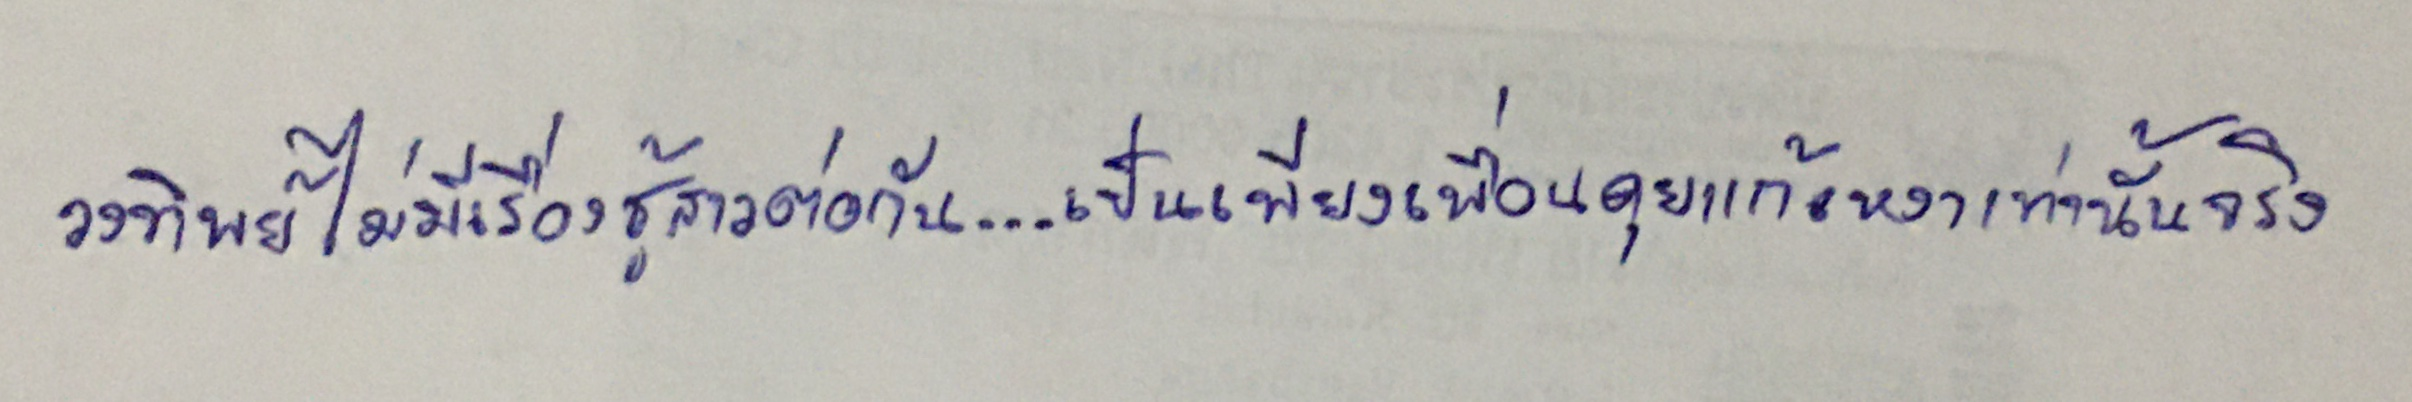
วงทิพย์ไม่มีเรื่องชู้สาวต่อกัน...เป็นเพียงเพื่อนคุยแก้เหงาเท่านั้นจริง